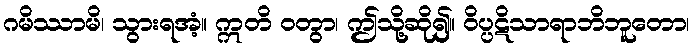
ဂမိဿာမိ၊ သွားရအံ့။ ဣတိ ဝတွာ၊ ဤသို့ဆို၍။ ဝိပ္ပဋိသာရာဘိဘူတော၊